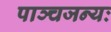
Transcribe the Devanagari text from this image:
पाञ्चजन्यः